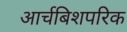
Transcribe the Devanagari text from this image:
आर्चबिशपरिक